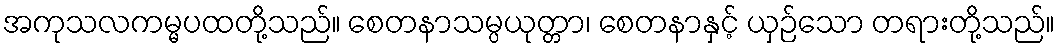
အကုသလကမ္မပထတို့သည်။ စေတနာသမ္ပယုတ္တာ၊ စေတနာနှင့် ယှဉ်သော တရားတို့သည်။